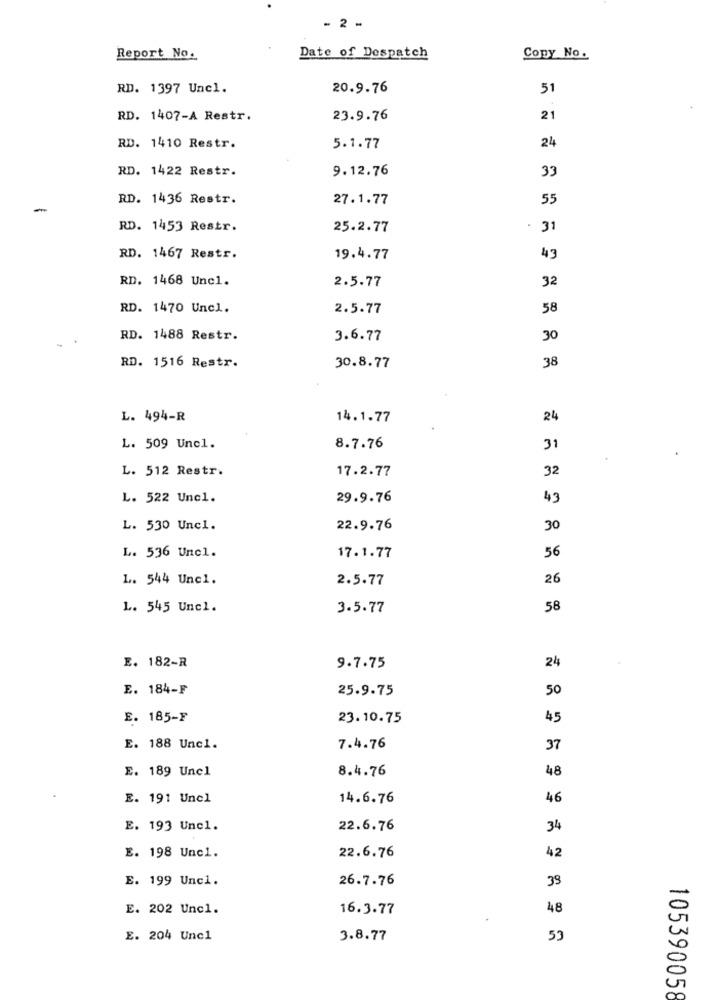
- 2 -
Report No.
Date of Despatch
Copy No.
RD. 1397 Uncl.
20.9.76
51
RD. 1407-A Restr.
23.9.76
21
RD. 1410 Restr.
24
5.1.77
RD. 1422 Restr.
9.12.76
33
RD. 1436 Restr.
27.1.77
55
RD. 1453 Restr.
25.2.77
31
RD. 1467 Restr.
19.4.77
43
RD. 1468 Unc1.
2.5.77
32
RD. 1470 Uncl.
2.5.77
58
RD. 1488 Restr.
3.6.77
30
RD. 1516 Restr.
38
30.8.77
L. 494-R
14.1.77
24
L. 509 Unc1.
8.7.76
31
L. 512 Restr.
17.2.77
32
L. 522 Unc1.
29.9.76
43
L. 530 Uncl.
22.9.76
30
L. 536 Uncl.
17.1.77
56
1. 544 Une1.
2.5.77
26
L. 545 Uncl.
3.5.77
58
E. 182-R
9.7.75
24
E. 184-F
25.9.75
50
E. 185-F
23.10.75
45
E. 188 Unc1.
7.4.76
37
E. 189 Uncl
8.4.76
48
E. 191 Uncl
14.6.76
46
E. 193 Unc1.
22.6.76
34
22.6.76
42
E. 198 Unc1.
E. 199 Unc1.
26.7.76
39
E. 202 Unc1.
16.3.77
48
E. 204 Unc1
3.8.77
53
105390058